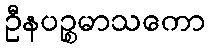
ဦနပဉ္စမာသကော